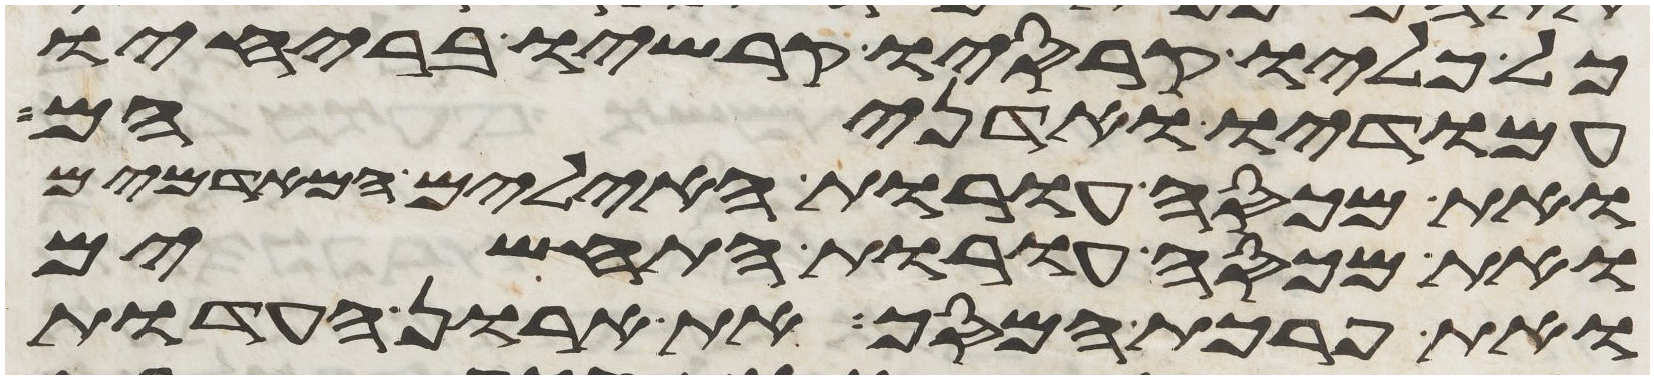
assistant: כל כליו קרסיו קרשיו בריחיו
עמודיו ואדניהם
ואת מכסה עורת האילים המאדמים
ואת מכסה עורת התחשים
ואת פרכת המסך את ארון העדות